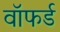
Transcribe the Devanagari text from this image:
वॉफर्ड